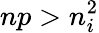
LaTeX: np>n_{i}^{2}